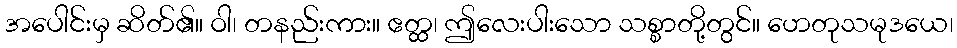
အပေါင်းမှ ဆိတ်၏။ ဝါ၊ တနည်းကား။ ဧတ္ထ၊ ဤလေးပါးသော သစ္စာတို့တွင်။ ဟေတုသမုဒယေ၊